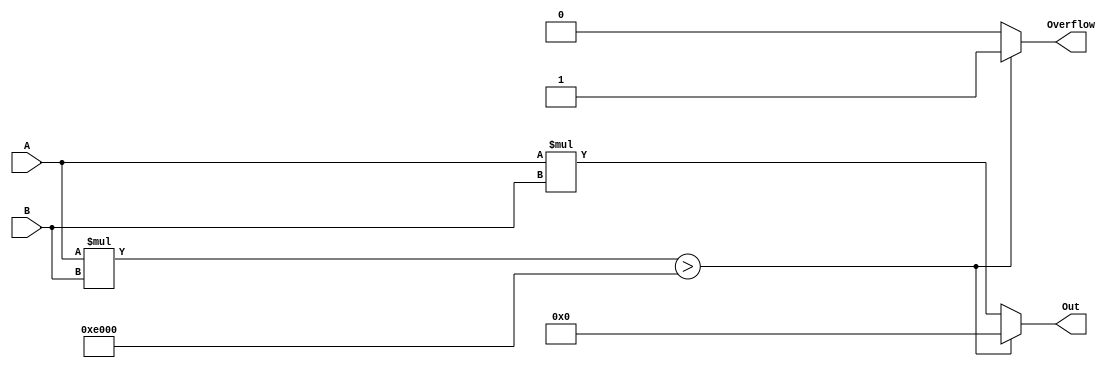
module MULT(A, B, Out, Overflow);
	input [15:0] A;
	input [15:0] B;
	
	output [15:0] Out;
	output Overflow;
	
	reg Out;
	reg Overflow;
	
	always @(*) begin
		if (A * B > 57344) // check for overflow
			begin
				Out = 0;
				Overflow = 1;
			end
		else
			begin	
				Out = A * B; // add
				Overflow = 0;
			end
	end
endmodule